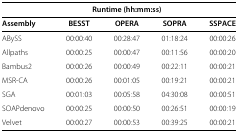
<table><thead><tr><td></td><td colspan="4"><b>Runtime (hh:mm:ss)</b></td></tr></thead><tbody><tr><td><b>Assembly</b></td><td><b>BESST</b></td><td><b>OPERA</b></td><td><b>SOPRA</b></td><td><b>SSPACE</b></td></tr><tr><td>ABySS</td><td>00:00:40</td><td>00:28:47</td><td>01:18:24</td><td>00:00:26</td></tr><tr><td>Allpaths</td><td>00:00:25</td><td>00:00:47</td><td>00:11:56</td><td>00:00:20</td></tr><tr><td>Bambus2</td><td>00:00:26</td><td>00:00:49</td><td>00:22:11</td><td>00:00:21</td></tr><tr><td>MSR-CA</td><td>00:00:26</td><td>00:01:05</td><td>00:19:21</td><td>00:00:21</td></tr><tr><td>SGA</td><td>00:01:03</td><td>00:05:58</td><td>04:30:08</td><td>00:00:51</td></tr><tr><td>SOAPdenovo</td><td>00:00:25</td><td>00:00:50</td><td>00:26:51</td><td>00:00:19</td></tr><tr><td>Velvet</td><td>00:00:27</td><td>00:00:53</td><td>00:39:25</td><td>00:00:21</td></tr></tbody></table>